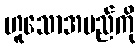
ဟူသောအမည်ကို